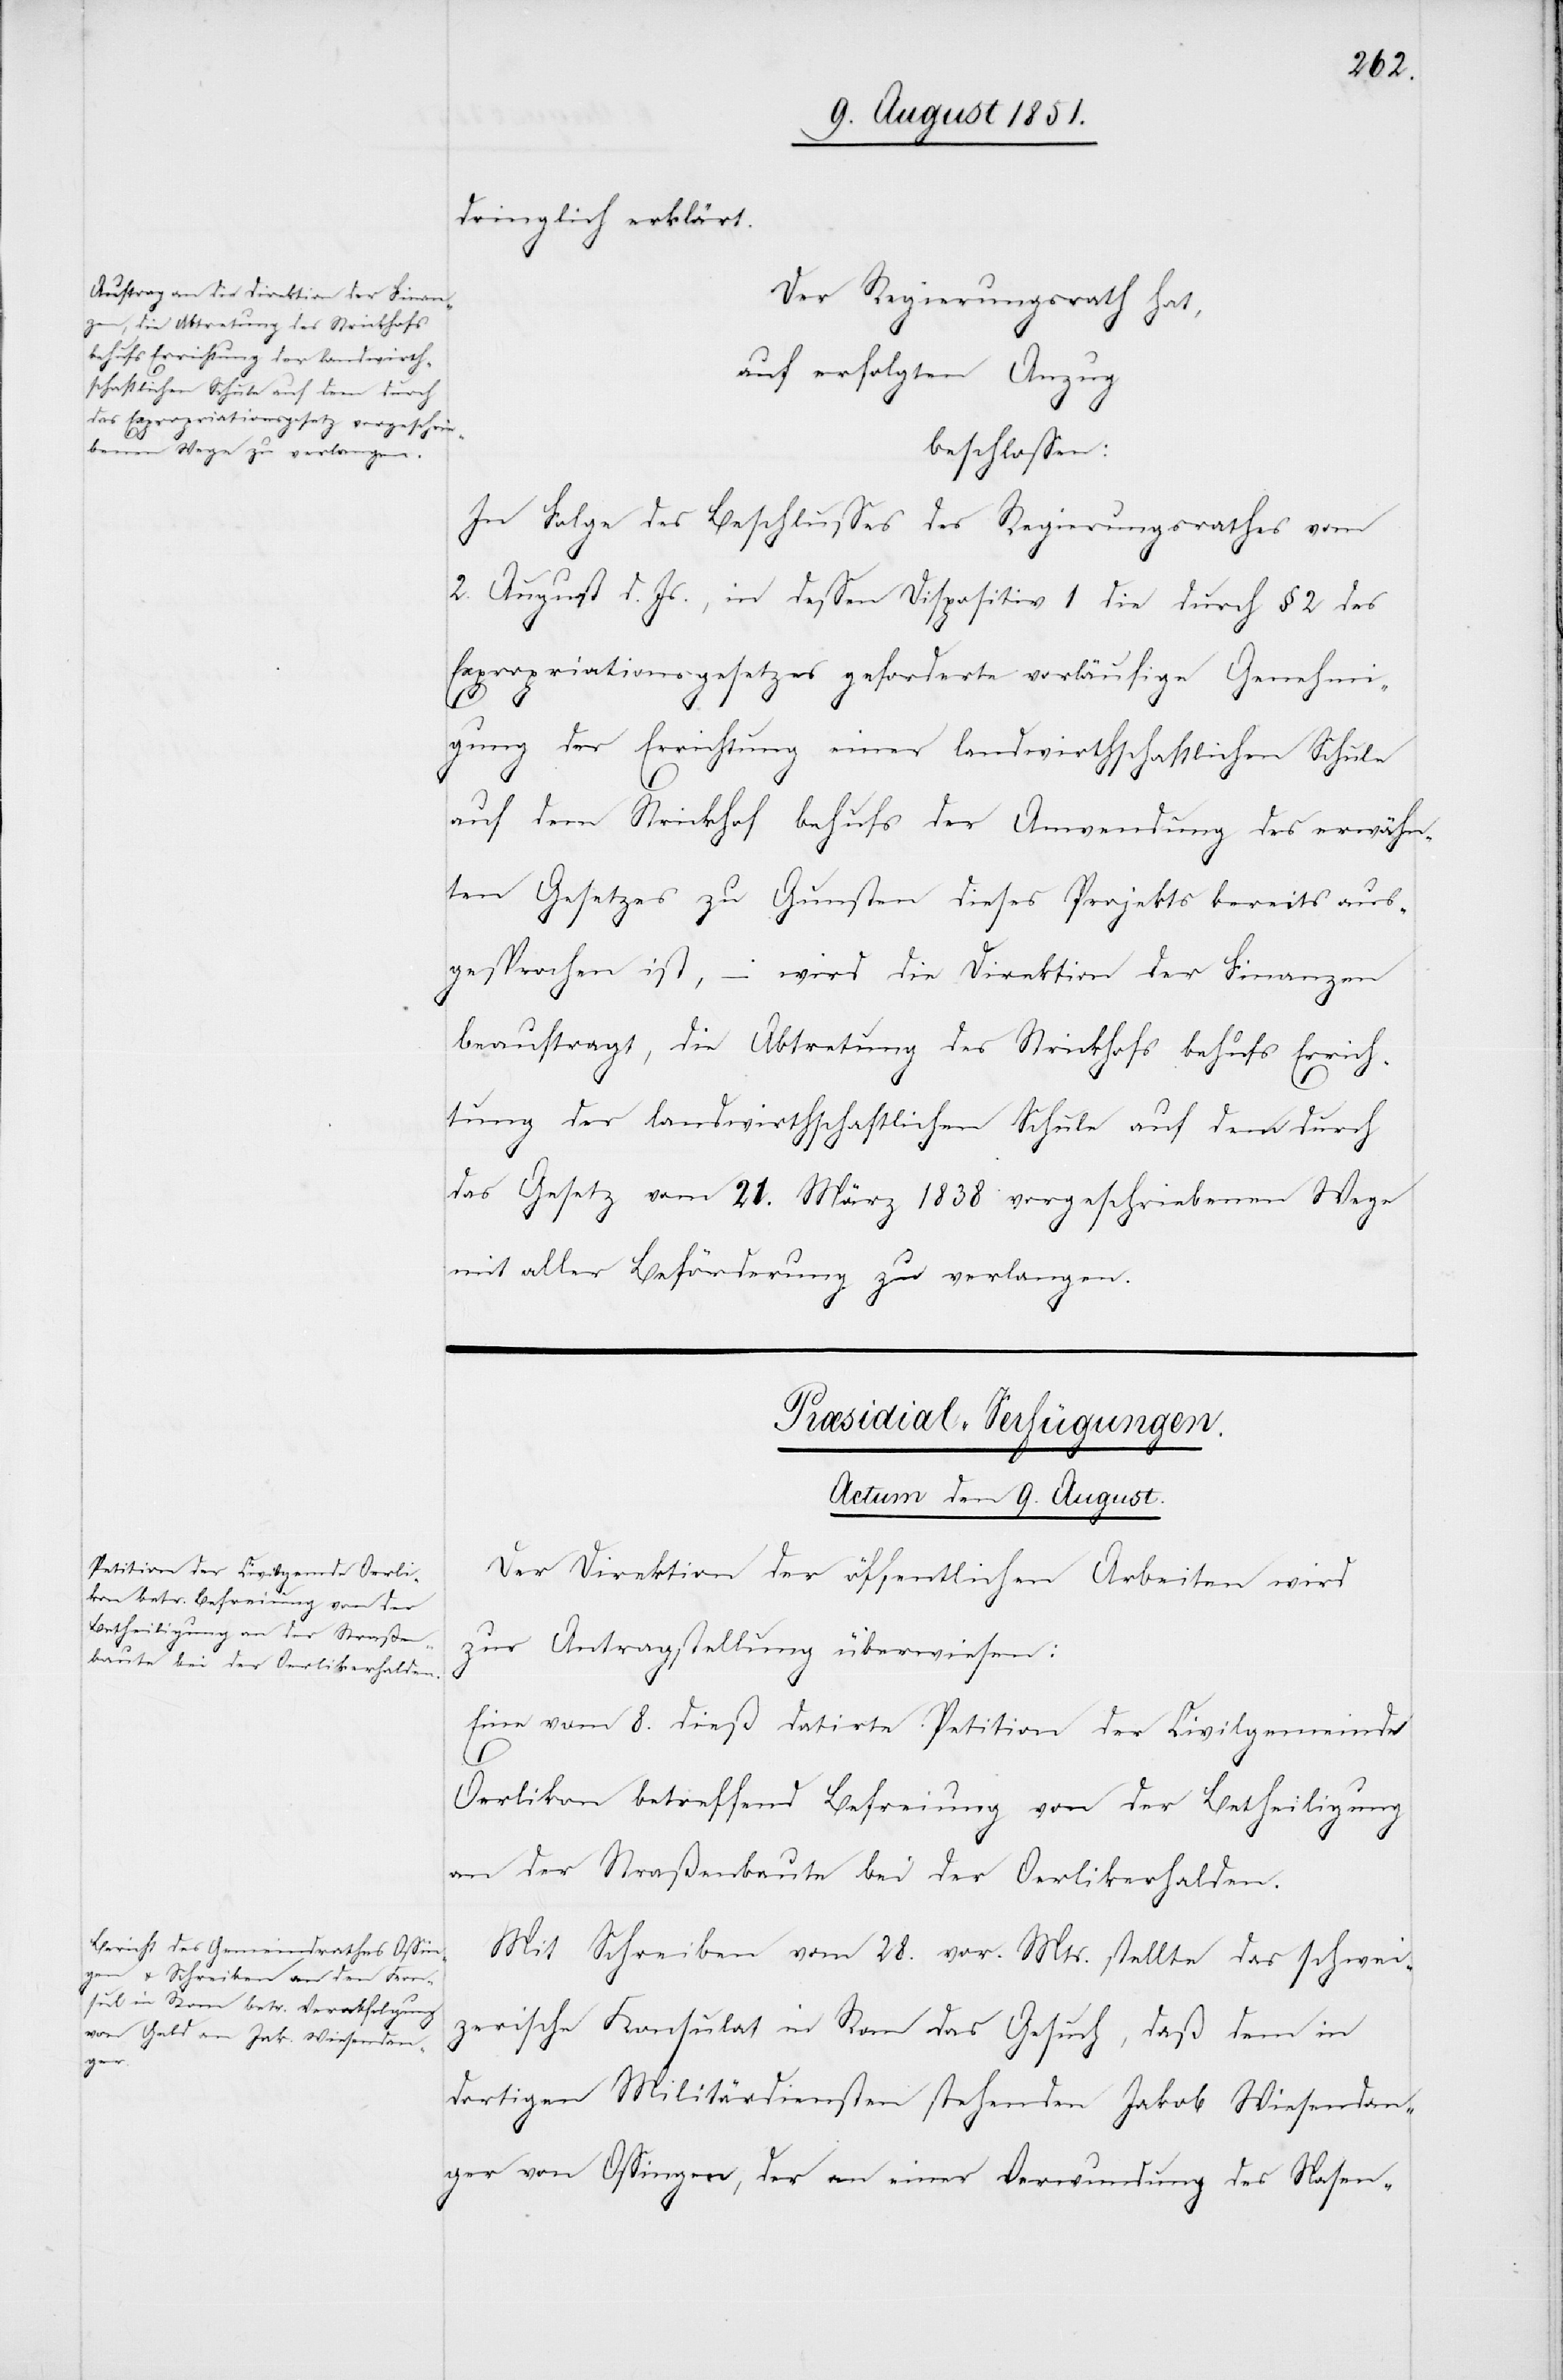
dringlich erklärt.
Der Regierungsrath hat,
auf erfolgten Anzug
beschlossen:
In Folge des Beschlusses des Regierungsrathes vom
2. August d. Js., in dessen Dispositiv 1 die durch § 2 des
Expropriationsgesetzes geforderte vorläufige Genehmi¬
gung der Errichtung einer landwirthschaftlichen Schule
auf dem Strickhof behufs der Anwendung des erwähn¬
ten Gesetzes zu Gunsten dieses Projekts bereits aus¬
gesprochen ist, – wird die Direktion der Finanzen
beauftragt, die Abtretung des Strickhofs behufs Errich¬
tung der landwirthschaftlichen Schule auf dem durch
das Gesetz vom 21. März 1838 vorgeschriebenen Wege
mit aller Beförderung zu verlangen.
[Præsidial-Verfügungen.
Actum den 9. August.]
Der Direktion der öffentlichen Arbeiten wird
zur Antragstellung überwiesen:
Eine vom 8. dieß datirte Petition der Civilgemeinde
Oerlikon betreffend Befreiung von der Betheiligung
an der Straßenbaute bei der Oerlikerhalden.
Mit Schreiben vom 28. vor. Mts. stellte das schwei¬
zerische Konsulat in Rom das Gesuch, daß dem in
dortigen Militärdiensten stehenden Jakob Wiesendan¬
ger von Ossingen, der an einer Verwundung des Nasen-